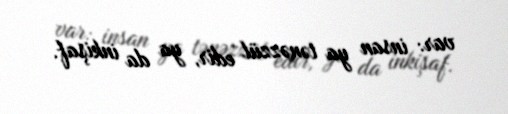
var: insan ya tənəzzül edir, ya da inkişaf.